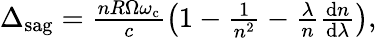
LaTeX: \begin{array}{r}{\Delta_{\mathrm{sag}}=\frac{nR\Omega\omega_{\mathrm{c}}}{c}\left(1-\frac{1}{n^{2}}-\frac{\lambda}{n}\frac{\mathrm{d}n}{\mathrm{d}\lambda}\right),}\end{array}